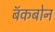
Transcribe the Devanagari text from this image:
बॅकबोन